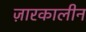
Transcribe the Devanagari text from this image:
ज़ारकालीन